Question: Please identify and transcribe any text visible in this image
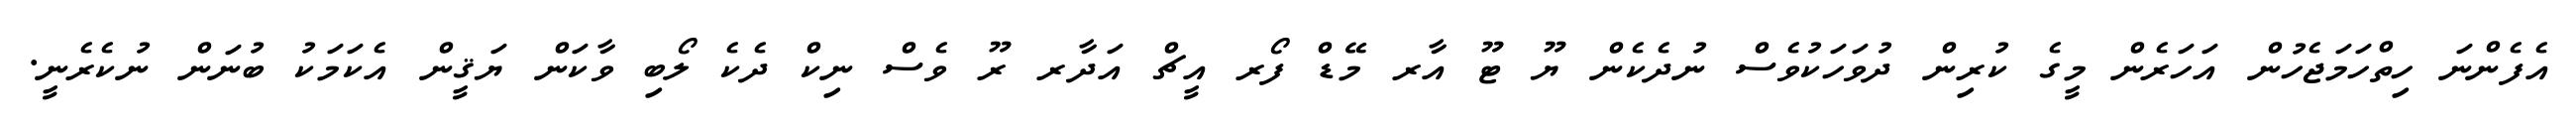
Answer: އެފެންނަ ހިތްހަމަޖެހުން އަހަރެން މީގެ ކުރިން ދުވަހަކުވެސް ނުދެކެން ޔޫ ޓޫ އާރ މޭޑް ފޯރ އީޗް އަދާރ ރޫ ވެސް ނިކް ދެކެ ލޯބި ވާކަން ޔަޤީން އެކަމަކު ބުނަން ނުކެރެނީ.